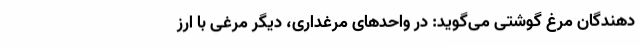
دهندگان مرغ گوشتی می‌گوید: در واحد‌های مرغداری، دیگر مرغی با ارز